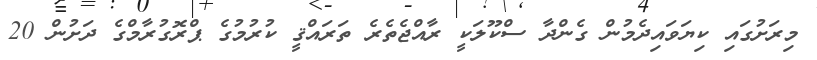
މިރަށުގައި ކިޔަވައިދެމުން ގެންދާ ސްކޫލަކީ ރާއްޖެތެރެ ތަރައްޤީ ކުރުމުގެ ޕްރޮގުރާމްގެ ދަށުން 20